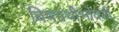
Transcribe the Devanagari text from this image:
विषग्रंथीभोवती